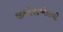
જીએસએલવી